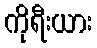
ကိုရီးယား